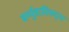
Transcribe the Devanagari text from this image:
बर्म्युडाविरुद्ध